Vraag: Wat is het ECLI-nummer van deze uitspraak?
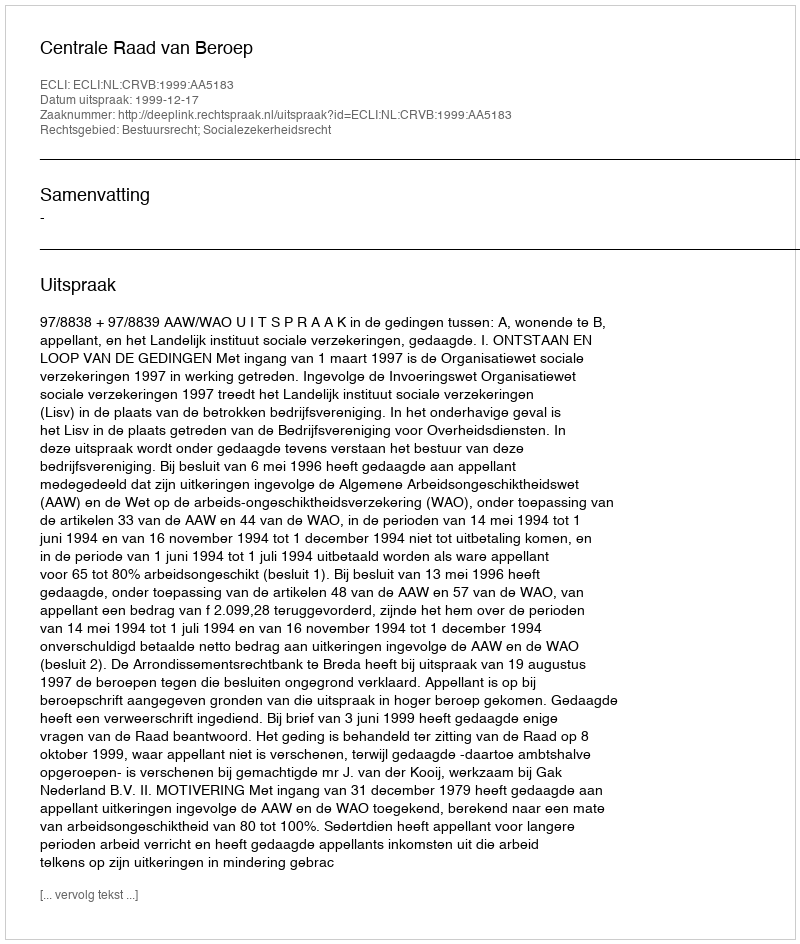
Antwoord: ECLI:NL:CRVB:1999:AA5183